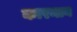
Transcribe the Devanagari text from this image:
कारमान